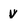
Character: v